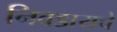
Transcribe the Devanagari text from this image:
निवडायचे